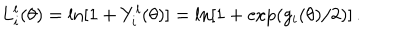
L _ { i } ^ { l } ( \theta ) = \ln [ 1 + Y _ { i } ^ { l } ( \theta ) ] = \ln [ 1 + \exp ( g _ { i } ( \theta ) / 2 ) ] \, .